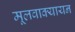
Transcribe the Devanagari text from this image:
मूलवाक्यायन